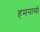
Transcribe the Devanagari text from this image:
हमनामों